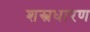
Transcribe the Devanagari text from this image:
शस्त्रधारण